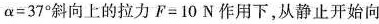
$$α = 3 7 °$$斜向上的拉力$$F = 1 0